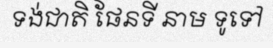
ទង់ជាតិ ផែនទី នាម ទូទៅ